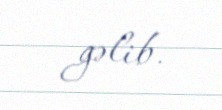
gəlib.